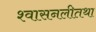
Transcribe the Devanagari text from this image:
श्वासनलीतथा